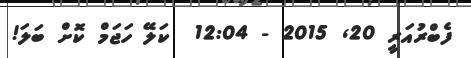
ފެބްރުއަރީ 20